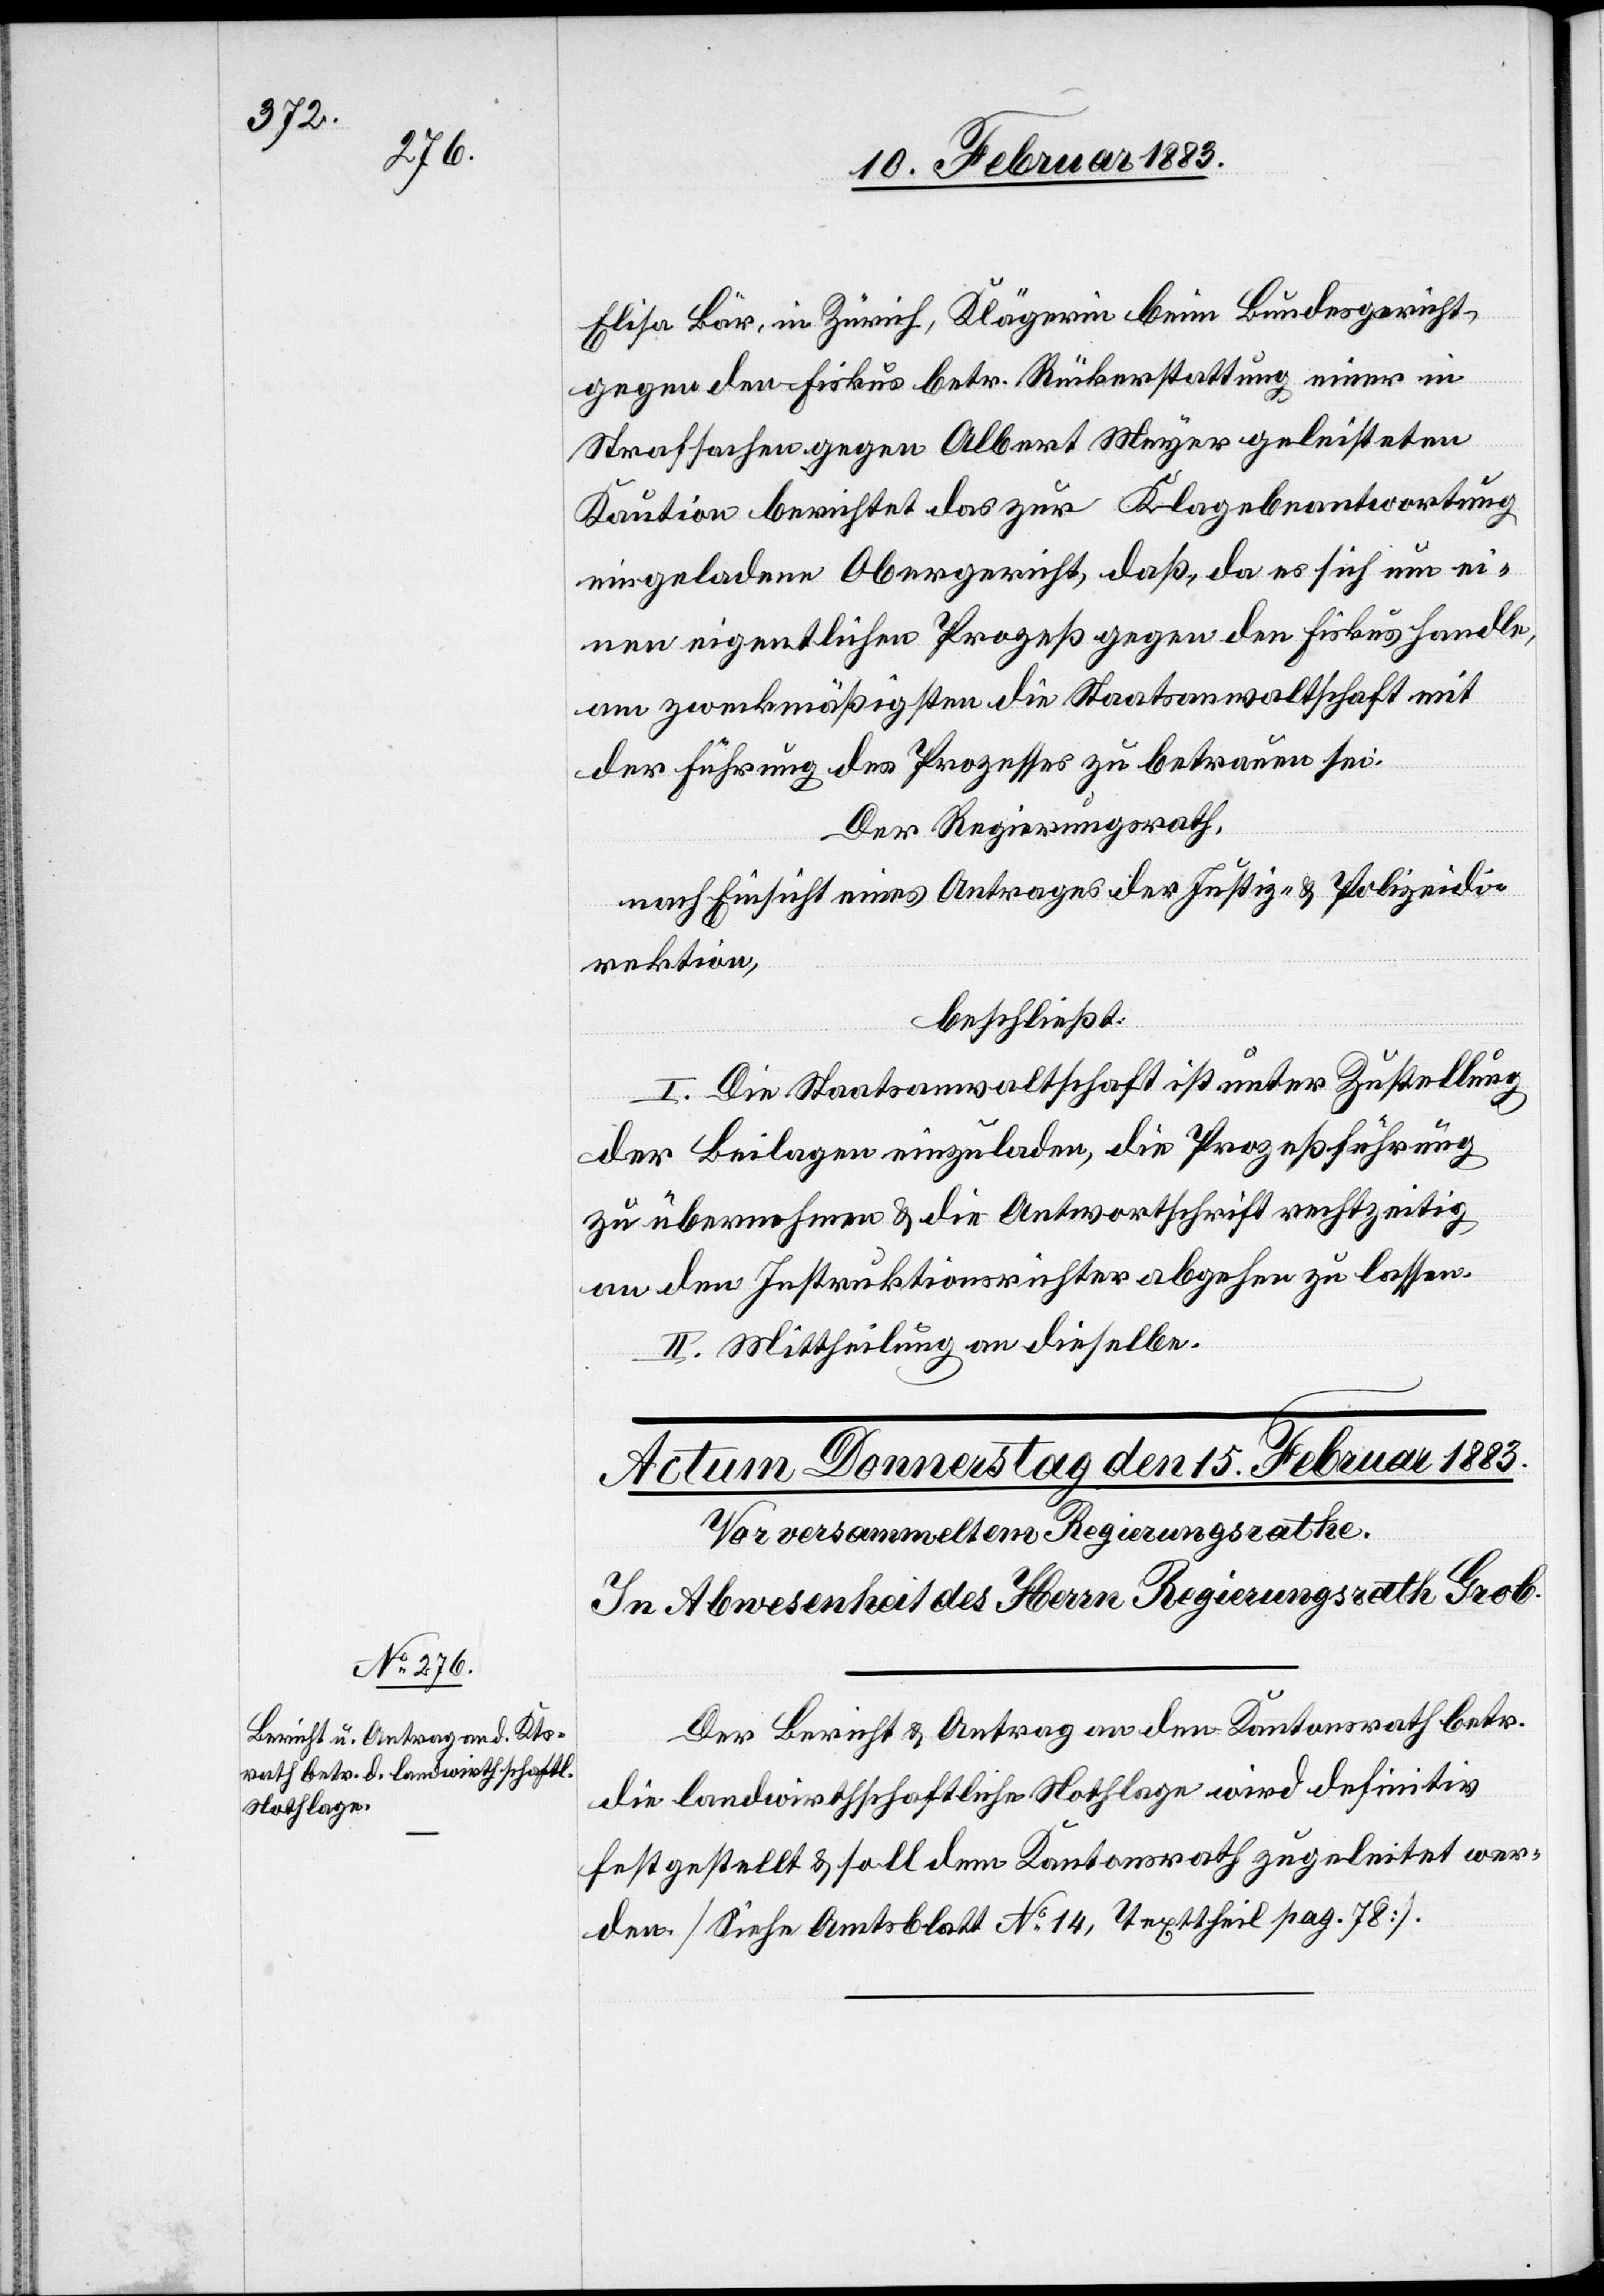
Elisa Bär, in Zürich, Klägerin beim Bundesgericht,
gegen den Fiskus betr. Rückerstattung einer in
Strafsachen gegen Albert Meyer geleisteten
Kaution berichtet das zur Klagebeantwortung
eingeladene Obergericht, daß, da es sich um ei¬
nen eigentlichen Prozeß gegen den Fiskus handle,
am Zweckmäßigsten die Staatsanwaltschaft mit
der Führung des Prozesses zu betrauen sei.
Der Regierungsrath,
nach Einsicht eines Antrages der Justiz- & Polizeidi¬
rektion,
beschließt:
I. Die Staatsanwaltschaft ist unter Zustellung
der Beilagen einzuladen, die Prozeßführung
zu übernehmen & die Antwortschrift rechtzeitig
an den Instruktionsrichter abgehen zu lassen.
II. Mittheilung an dieselbe.
Der Bericht & Antrag an den Kantonsrath betr.
die landwirthschaftliche Nothlage wird definitiv
festgestellt & soll dem Kantonsrath zugeleitet wer¬
den [Siehe Amtsblatt No 14, Texttheil pag. 78].